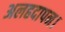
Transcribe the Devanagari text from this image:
अलहदापन।